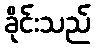
ခိုင်းသည်